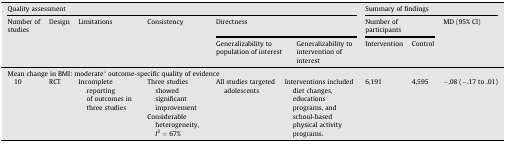
<table><thead><tr><td colspan="7"><b>Quality assessment</b></td><td colspan="3"><b>Summary of findings</b></td></tr><tr><td rowspan="2"><b>Number of studies</b></td><td rowspan="2"><b>Design</b></td><td rowspan="2"><b>Limitations</b></td><td rowspan="2"><b>Consistency</b></td><td colspan="3"><b>Directness</b></td><td colspan="2"><b>Number of participants</b></td><td rowspan="2"><b>MD (95% CI)</b></td></tr><tr><td colspan="2"><b>Generalizability to population of interest</b></td><td><b>Generalizability to intervention of interest</b></td><td><b>Intervention</b></td><td><b>Control</b></td></tr></thead><tbody><tr><td colspan="10">Mean change in BMI: moderatea outcome-specific quality of evidence</td></tr><tr><td> 10</td><td>RCT</td><td>Incomplete reporting of outcomes in three studies</td><td>Three studies showed significant improvementConsiderable heterogeneity, <i>I</i><sup>2</sup> = 67%</td><td>All studies targeted adolescents</td><td colspan="2">Interventions included diet changes, educations programs, and school-based physical activity programs.</td><td>6,191</td><td>4,595</td><td>−.08 (−.17 to .01)</td></tr></tbody></table>